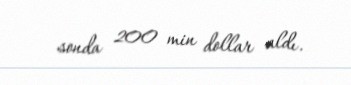
sonda 200 min dollar aldı.